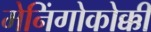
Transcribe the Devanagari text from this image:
मेनिंगोकोक्की